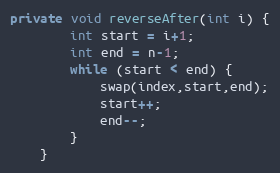
Language: Java
private void reverseAfter(int i) {
		int start = i+1;
		int end = n-1;
		while (start < end) {
			swap(index,start,end);
			start++;
			end--;
		}
	}